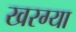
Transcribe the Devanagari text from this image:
खरग्या